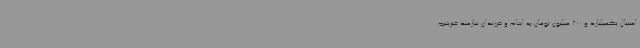
امسال یکمیلیارد و 200 میلیون تومان به ایتام و فرزندان نیازمند غیریتیم